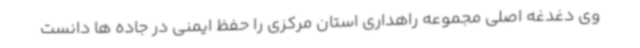
وی دغدغه اصلی مجموعه راهداری استان مرکزی را حفظ ایمنی در جاده ها دانست